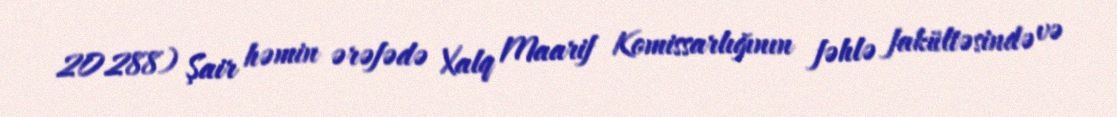
20288) Şair həmin ərəfədə Xalq Maarif Komissarlığının fəhlə fakültəsində və